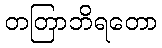
တတြာဘိရတော